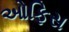
ઓફિસ